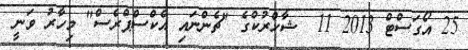
25 އޯގަސްޓް 2013 11  ޝާހްރުކްގެ "ޗެންނައި އެކްސްޕްރެސް" މިހާރު ވަނީ